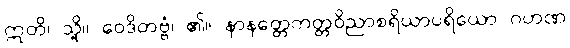
ဣတိ၊ သို့။ ဝေဒိတဗ္ဗံ၊ ၏။ နာနတ္တေကတ္တဝိညာစရိယာပရိယော ဂဟဏ